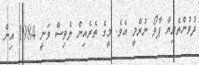
ދުވުންތެރިޔާ ޕާވޯ ނުރްމީ އެވެ. މީގެ ތެރެއިން ލެވިސް ވަނީ 1984 އިން